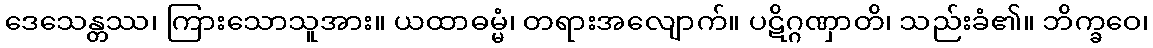
ဒေသေန္တဿ၊ ကြားသောသူအား။ ယထာဓမ္မံ၊ တရားအလျောက်။ ပဋိဂ္ဂဏှာတိ၊ သည်းခံ၏။ ဘိက္ခဝေ၊